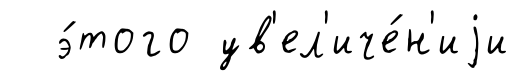
э́того ув'ел'иче́н'иjи